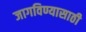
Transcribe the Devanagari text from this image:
जागविण्यासाठी